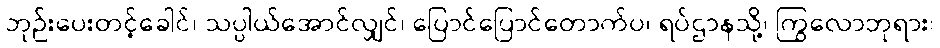
ဘုဉ်းပေးတင့်ခေါင်၊ သပ္ပါယ်အောင်လျှင်၊ ပြောင်ပြောင်တောက်ပ၊ ရပ်ဌာနသို့၊ ကြွလောဘုရား၊